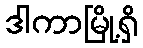
ဒါကာမြို့ရှိ